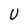
Character: U